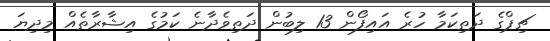
ޗިޕްގެ ދަތިކަމާ ހުރެ އައިފޯން 13 ލިބުން ދަތިވެދާނެ ކަމުގެ އިޝާރާތެއް މިދިޔަ